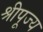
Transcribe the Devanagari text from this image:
श्रीपूज्य